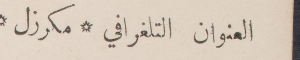
العنوان التلغرافي مكرزل